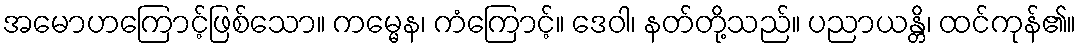
အမောဟကြောင့်ဖြစ်သော။ ကမ္မေန၊ ကံကြောင့်။ ဒေဝါ၊ နတ်တို့သည်။ ပညာယန္တိ၊ ထင်ကုန်၏။